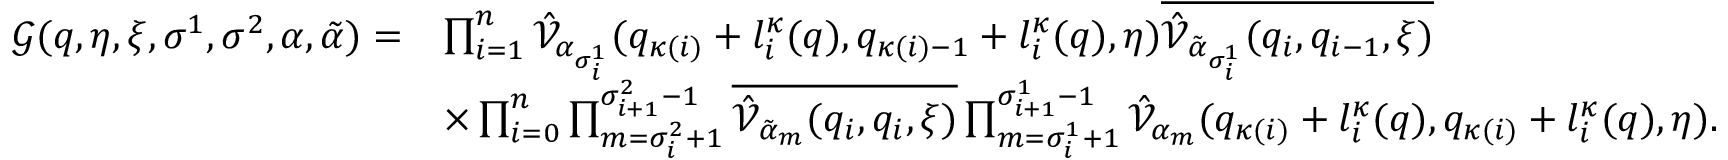
\begin{array} { r l } { \mathcal { G } ( \boldsymbol { q } , \boldsymbol { \eta } , \boldsymbol { \xi } , \sigma ^ { 1 } , \sigma ^ { 2 } , \alpha , \tilde { \alpha } ) = } & { \prod _ { i = 1 } ^ { n } \hat { \mathcal { V } } _ { \alpha _ { \sigma _ { i } ^ { 1 } } } ( q _ { \kappa ( i ) } + l _ { i } ^ { \kappa } ( \boldsymbol { q } ) , q _ { \kappa ( i ) - 1 } + l _ { i } ^ { \kappa } ( \boldsymbol { q } ) , \boldsymbol { \eta } ) \overline { { \hat { \mathcal { V } } _ { \tilde { \alpha } _ { \sigma _ { i } ^ { 1 } } } ( q _ { i } , q _ { i - 1 } , \boldsymbol { \xi } ) } } } \\ & { \times \prod _ { i = 0 } ^ { n } \prod _ { m = \sigma _ { i } ^ { 2 } + 1 } ^ { \sigma _ { i + 1 } ^ { 2 } - 1 } \overline { { \hat { \mathcal { V } } _ { \tilde { \alpha } _ { m } } ( q _ { i } , q _ { i } , \boldsymbol { \xi } ) } } \prod _ { m = \sigma _ { i } ^ { 1 } + 1 } ^ { \sigma _ { i + 1 } ^ { 1 } - 1 } \hat { \mathcal { V } } _ { \alpha _ { m } } ( q _ { \kappa ( i ) } + l _ { i } ^ { \kappa } ( \boldsymbol { q } ) , q _ { \kappa ( i ) } + l _ { i } ^ { \kappa } ( \boldsymbol { q } ) , \boldsymbol { \eta } ) . } \end{array}